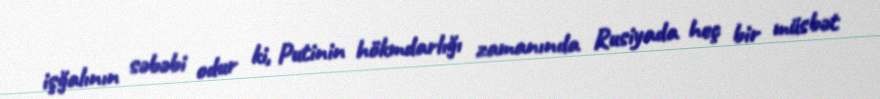
işğalının səbəbi odur ki, Putinin hökmdarlığı zamanında Rusiyada heç bir müsbət